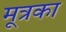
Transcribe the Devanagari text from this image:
मूत्रका